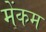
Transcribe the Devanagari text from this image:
मेंकम